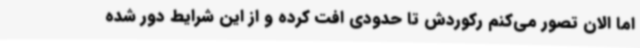
اما الان تصور می‌کنم رکوردش تا حدودی افت کرده و از این شرایط دور شده